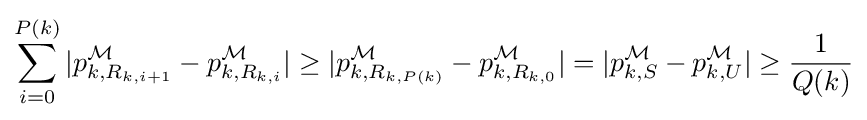
\sum _{i=0}^{P(k)}|p_{k,R_{k,i+1}}^{\mathcal {M}}-p_{k,R_{k,i}}^{\mathcal {M}}|\geq |p_{k,R_{k,P(k)}}^{\mathcal {M}}-p_{k,R_{k,0}}^{\mathcal {M}}|=|p_{k,S}^{\mathcal {M}}-p_{k,U}^{\mathcal {M}}|\geq {\frac {1}{Q(k)}}